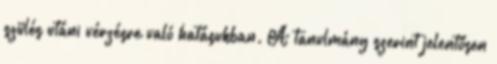
szülés utáni vérzésre való hatásukban. A tanulmány szerint jelentősen